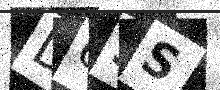
Text: D6SS